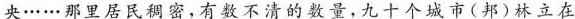
央……那里居民稠密，有数不清的数量，九十个城市(邦)林立在